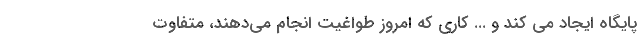
پایگاه ایجاد می کند و ... کاری که امروز طواغیت انجام می‌دهند، متفاوت